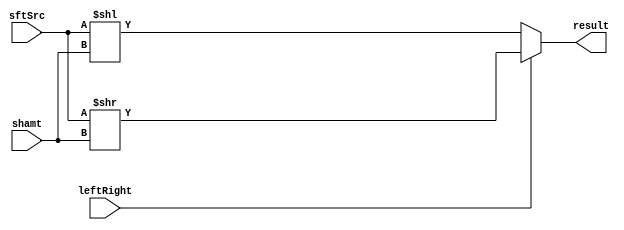
module Shifter (
    result,
    leftRight,
    shamt,
    sftSrc
);

  //I/O ports
  output [32-1:0] result;

  input leftRight;
  input [5-1:0] shamt;
  input [32-1:0] sftSrc;

  //Internal Signals
  wire [32-1:0] result;

  //Main function
  /*your code here*/

  // lr = 1 -> shift right
  assign result = leftRight ? (sftSrc >> shamt) : (sftSrc << shamt);

endmodule